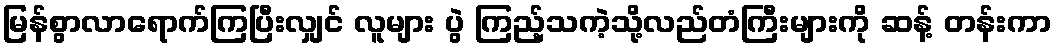
မြန်စွာလာရောက်ကြပြီးလျှင် လူများ ပွဲ ကြည့်သကဲ့သို့လည်တံကြီးများကို ဆန့် တန်းကာ